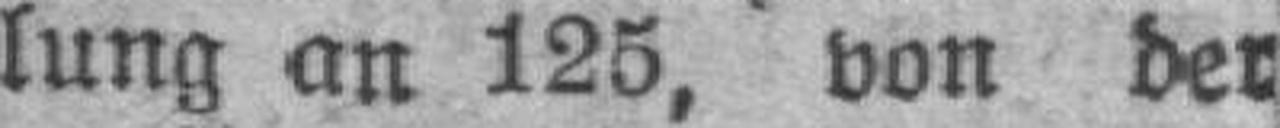
lung an 125, von der